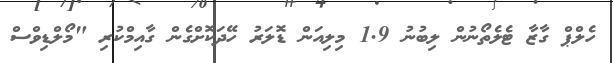
ހެލްޕް ގާޒާ ޓެލެތޯނުން ލިބުނު 1.9 މިލިއަން ޑޮލަރު ހޭދަކޮށްގެން ގާއިމްކުރި "މޯލްޑިވްސް